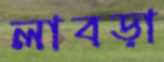
লাবড়া